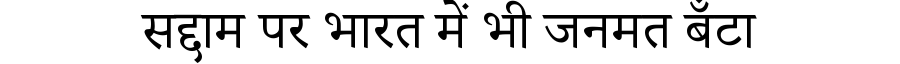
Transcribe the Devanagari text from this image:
सद्दाम पर भारत में भी जनमत बँटा